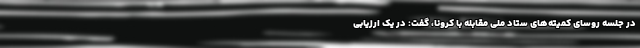
در جلسه روسای کمیته‌های ستاد ملی مقابله با کرونا، گفت: در یک ارزیابی